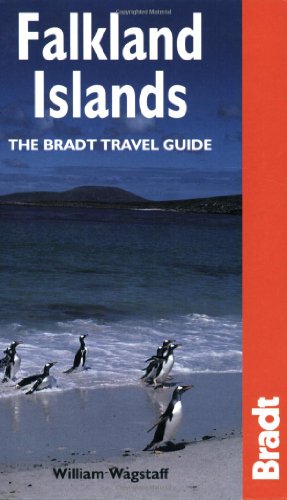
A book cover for Falkland Islands: The Bradt Travel Guide; William Wagstaff; Travel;